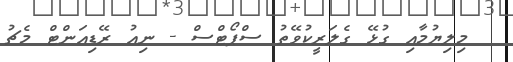
މިލިޔުމާއި ގުޅޭ ގެލަރީކުވޭތު ސްޕޯޓްސް - ނިއު ރޭޑިއަންޓް މެޗު